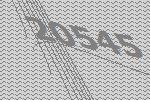
20545